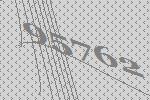
95762